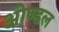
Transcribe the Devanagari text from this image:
ओण्डल